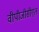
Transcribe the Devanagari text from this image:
वीपीजीसीएल